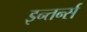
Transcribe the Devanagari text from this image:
इन्तर्न्स